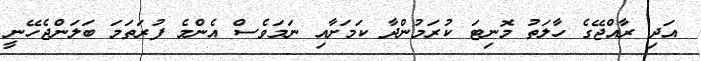
އަދި ރާއްޖޭގެ ހާލަތު މޮނިޓަ ކުރަމުންދާ ކަމަށާއި ނަމަވެސް އެންމެ ފުރަތަމަ ބަލަންޖެހޭނީ